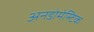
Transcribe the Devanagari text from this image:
अनडोमेस्टिक